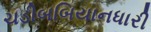
ચડીબબિયાનધારી